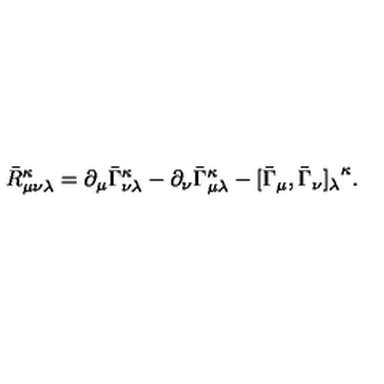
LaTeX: { { \bar { R } } _ { \mu \nu \lambda } } ^ { \kappa } = \partial _ { \mu } { \bar { \Gamma } } _ { \nu \lambda } ^ { \kappa } - \partial _ { \nu } { \bar { \Gamma } } _ { \mu \lambda } ^ { \kappa } - [ \bar { \Gamma } _ { \mu } , \bar { \Gamma } _ { \nu } { ] _ { \lambda } } ^ { \kappa } .